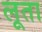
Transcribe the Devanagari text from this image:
लूता